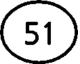
(51)